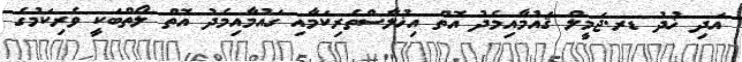
އަދި ޚުދު ޑރ.ޖަމީލް ޤައުމާއިމެދު އޮތް އިޚުލާސްތެރިކަމާއި ގައުމާއިމެދު އޮތް ލޯތްބަކީ ވެރިކަމުގެ